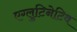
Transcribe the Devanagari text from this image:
एग्लुटिनेटिव